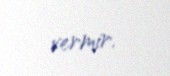
vermir.